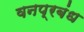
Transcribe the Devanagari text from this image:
वनप्रबंध